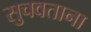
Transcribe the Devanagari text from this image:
सुचवताना